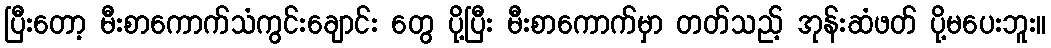
ပြီးတော့ မီးစာကောက်သံကွင်းချောင်း တွေ ပို့ပြီး မီးစာကောက်မှာ တတ်သည့် အုန်းဆံဖတ် ပို့မပေးဘူး။